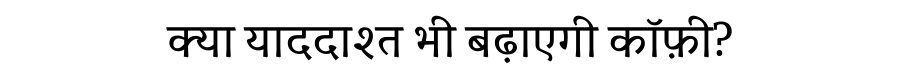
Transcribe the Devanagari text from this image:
क्या याददाश्त भी बढ़ाएगी कॉफ़ी?